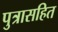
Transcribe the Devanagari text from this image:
पुत्रासहित